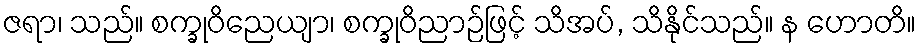
ဇရာ၊ သည်။ စက္ခုဝိညေယျာ၊ စက္ခုဝိညာဉ်ဖြင့် သိအပ်, သိနိုင်သည်။ န ဟောတိ။